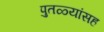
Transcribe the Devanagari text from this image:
पुतळ्यांसह